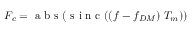
F _ { c } = \mathrm { ~ a ~ b ~ s ~ } ( \mathrm { ~ s ~ i ~ n ~ c ~ } ( ( f - f _ { D M } ) ~ T _ { m } ) )